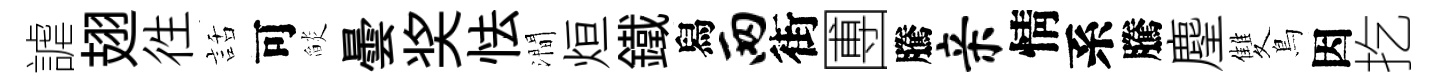
謔翅徃話可𦦨曇奖怯澗烜鐵舄两街圑騰亲情系騰麈雙鳥因扢